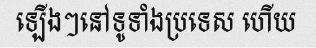
ឡើងៗនៅទូទាំងប្រទេស ហើយ